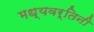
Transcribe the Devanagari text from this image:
मध्यवर्तिनी